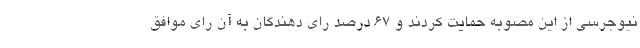
نیوجرسی از این مصوبه حمایت کردند و ۶۷ درصد رای دهندگان به آن رای موافق